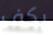
يكف